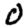
Digit: 0